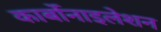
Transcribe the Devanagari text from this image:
कार्बोनाइलेशन